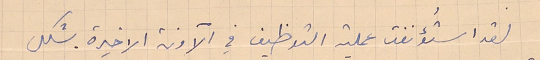
لقدا استُؤنفت عملية التوظيف في الآونة الاخيرة بشكل